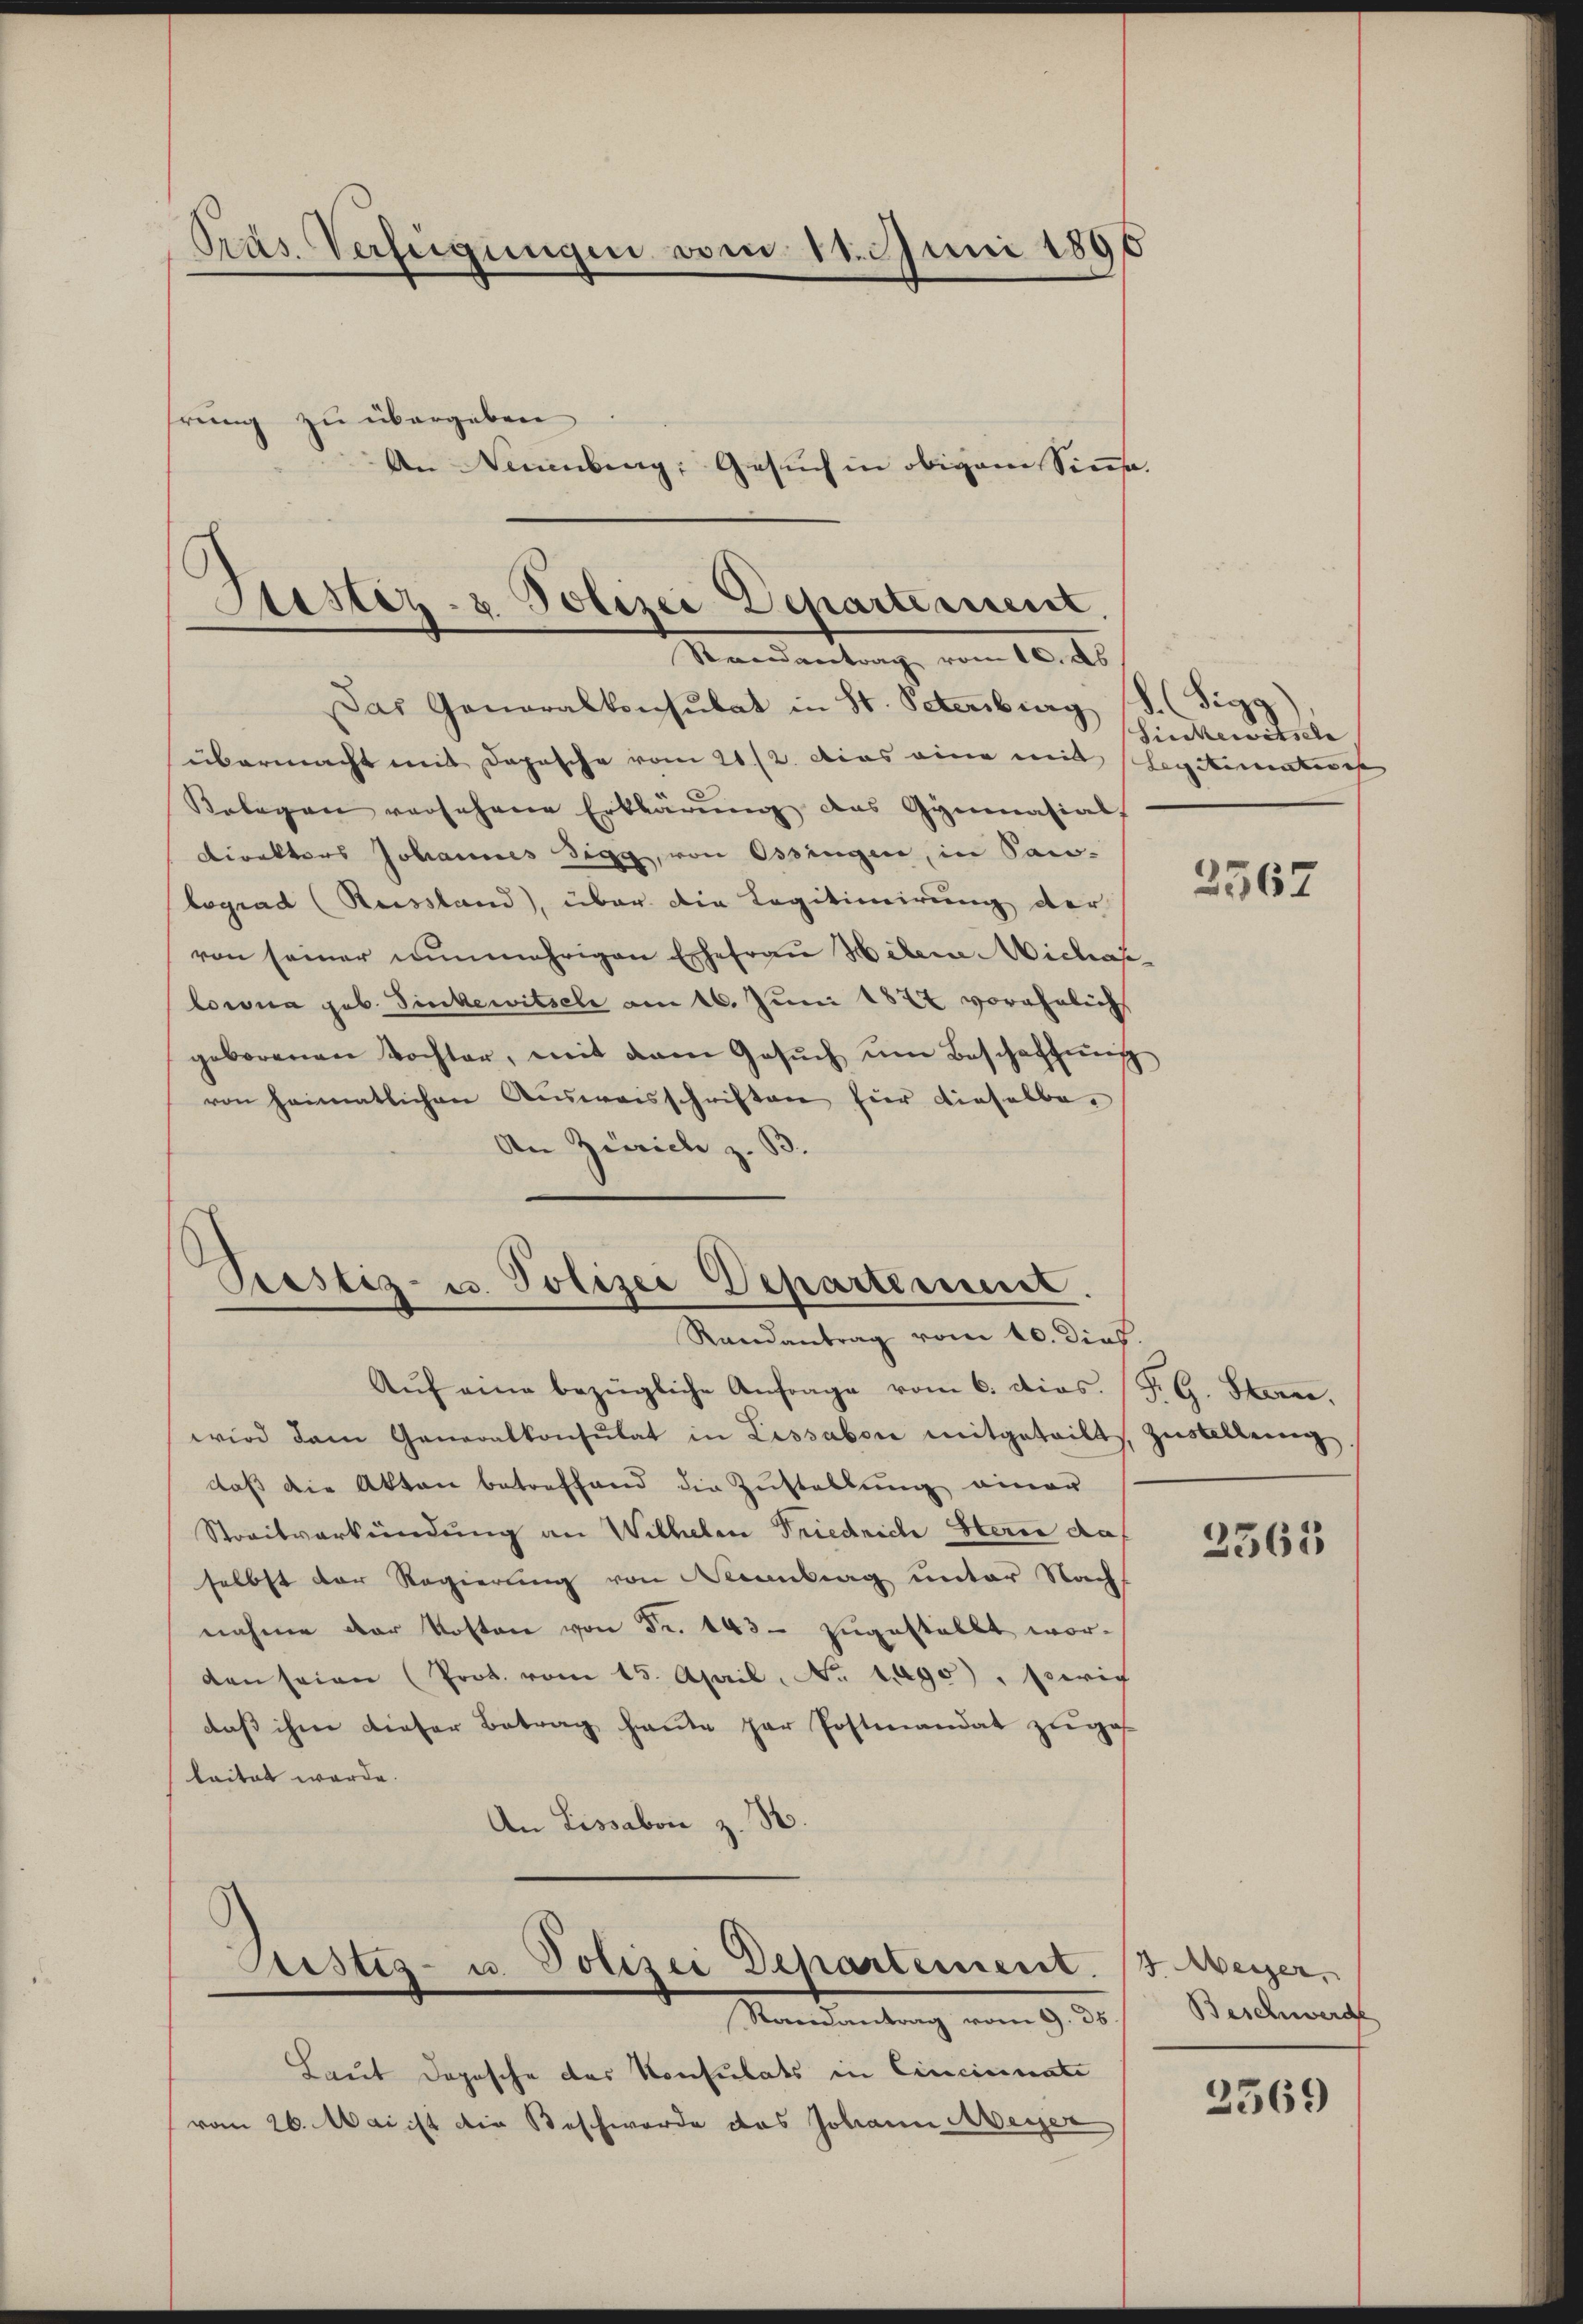
Pras. Verfügungen vom 11. Juni 1896
hrung zu übergeben
An Neuenburg, Gesuch in obigem Sensa

Sistiz- & Polizei Departement.
Rennantrag vom 10. ds

Das Generalkonsulat in St. Petersburg S. (Sigg
übermacht mit Depesche vom 21./2. das eine mit Schickematers
Relegen versehene Erklärŭng des Gymnasial
Direktors Johannes Sigg, von Ossingen, in Pau-
lograd (Reissland), über die Legitimirung der
von seiner nunmehrigen Ehefrau Helene Michaslowna geb. Sinkewitsche am 16. Juni 1822 vorähnlich
geborenen Tochter, mit dem Gesŭch ŭm Beschaffŭng
von heimatlichen Ausweisschriften hier dieselbe,
An Zürich z. B.

Prostiz- u. Polizei Departement.
Randantrag vom 10. dies.

Aŭf eine bezügliche Anfrage vom 6. dies. (T. G. Stern.
wird dem Generalkonsulat in Lissabon mitgeteilt Zŭstelleng.
dass die Akten betreffend die Zustellung einer
Streitverkündung an Wilhelm Friedrich Herce daf
selbst der Regierung von Neuenburg unter Nach
nahme der Kosten von Fr. 143 - zugestellt worden seien (Prot. vom 15. April, No 190), Beric
daß ihm dieser Betrag heute par Postmandat zu ges
leitet werde.
An Lissabon z. B.
.

Aristiz- u. Polizei Departement. J. Weyer,
Randantrag vom 9. 36.

Laut dopesche das Konsulats in Cincinati
vom 26. Mai ist die Beschwerde das Johann Meyer

Sieckenitsche,

2567

2365

Beschwerde

2569